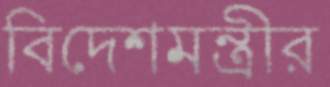
বিদেশমন্ত্রীর